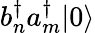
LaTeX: b_{n}^{\dagger}a_{m}^{\dagger}\vert 0\rangle